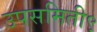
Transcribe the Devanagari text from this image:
उपसमिती९